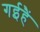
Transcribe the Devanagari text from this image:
गईहैं